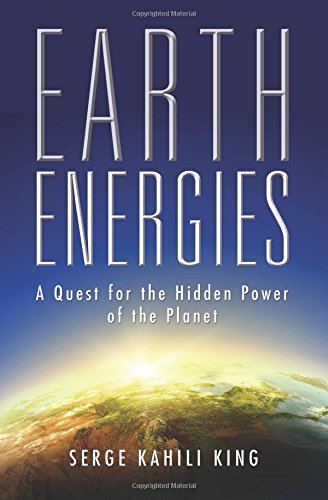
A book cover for Earth Energies: A Quest for the Hidden Power of the Planet; Serge Kahili King; Religion & Spirituality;